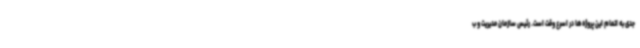
جدی به اتمام این پروژه‌ها در اسرع وقت است. رئیس سازمان مدیریت و ب